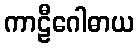
ကာဠီဂေါဓာယ